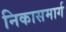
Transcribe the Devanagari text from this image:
निकासमार्ग